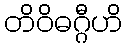
တိဝိဓဂ္ဂီဟိ